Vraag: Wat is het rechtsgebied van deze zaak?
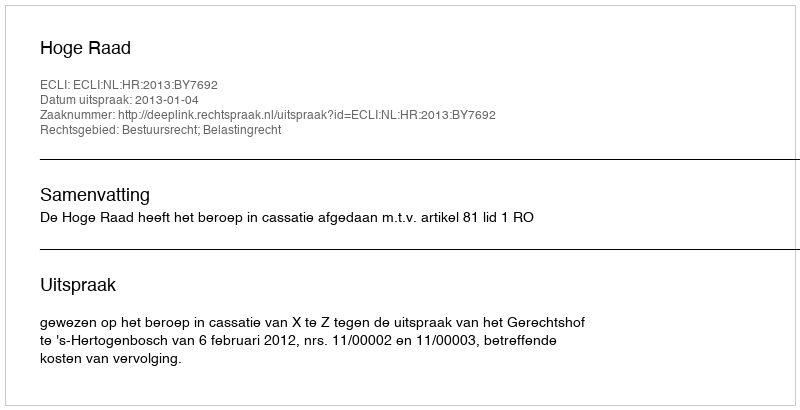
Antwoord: Bestuursrecht; Belastingrecht